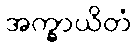
အက္ခာယိတံ